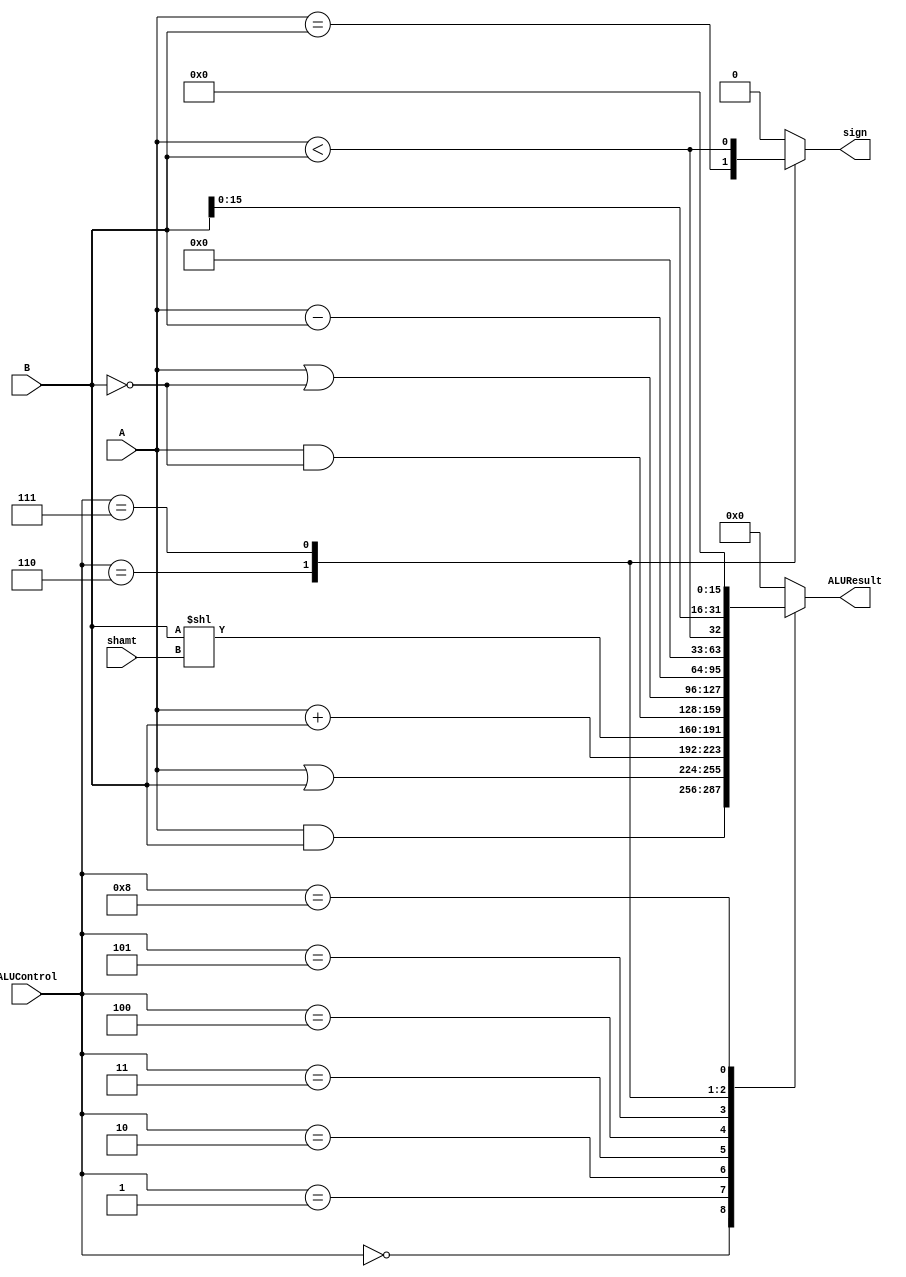
module ALU(
    input [31:0] A,
    input [31:0] B,
    input [3:0] ALUControl,
    input [4:0] shamt,
    output reg [31:0] ALUResult,
    output reg sign);

    parameter AND_ALU = 4'b0000, OR_ALU = 4'b0001, ADDU_ALU = 4'b0010, SLL_ALU = 4'b0011, AND_N_ALU = 4'b0100;
    parameter OR_N_ALU = 4'b0101, SUBU_ALU = 4'b0110, SLT_ALU = 4'b0111, LUI_ALU = 4'b1000;

    always @(*) begin
        case (ALUControl)
            AND_ALU:        ALUResult = A & B;
            OR_ALU:         ALUResult = A | B;
            ADDU_ALU:        ALUResult = A + B;
            SLL_ALU:        ALUResult = B << shamt;
            AND_N_ALU:      ALUResult = A & ~B;
            OR_N_ALU:       ALUResult = A | ~B;
            SUBU_ALU:        ALUResult = A - B;
            SLT_ALU:        ALUResult = {{31'd0}, A < B};
            LUI_ALU:        ALUResult = B << 16;
            default:        ALUResult = 0;
        endcase
    end

    always @(*) begin
        case (ALUControl)
            SUBU_ALU:    sign = A == B;
            SLT_ALU:    sign = A < B;
            default:    sign = 0;
        endcase
    end

endmodule